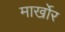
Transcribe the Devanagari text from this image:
मार्खोर